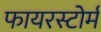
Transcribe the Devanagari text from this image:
फायरस्टोर्म